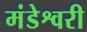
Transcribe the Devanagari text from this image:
मंडेश्वरी